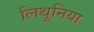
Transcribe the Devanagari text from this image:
लिथूनिया